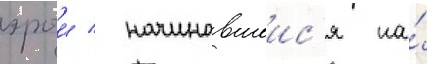
эрои / начинавшеис'я на́